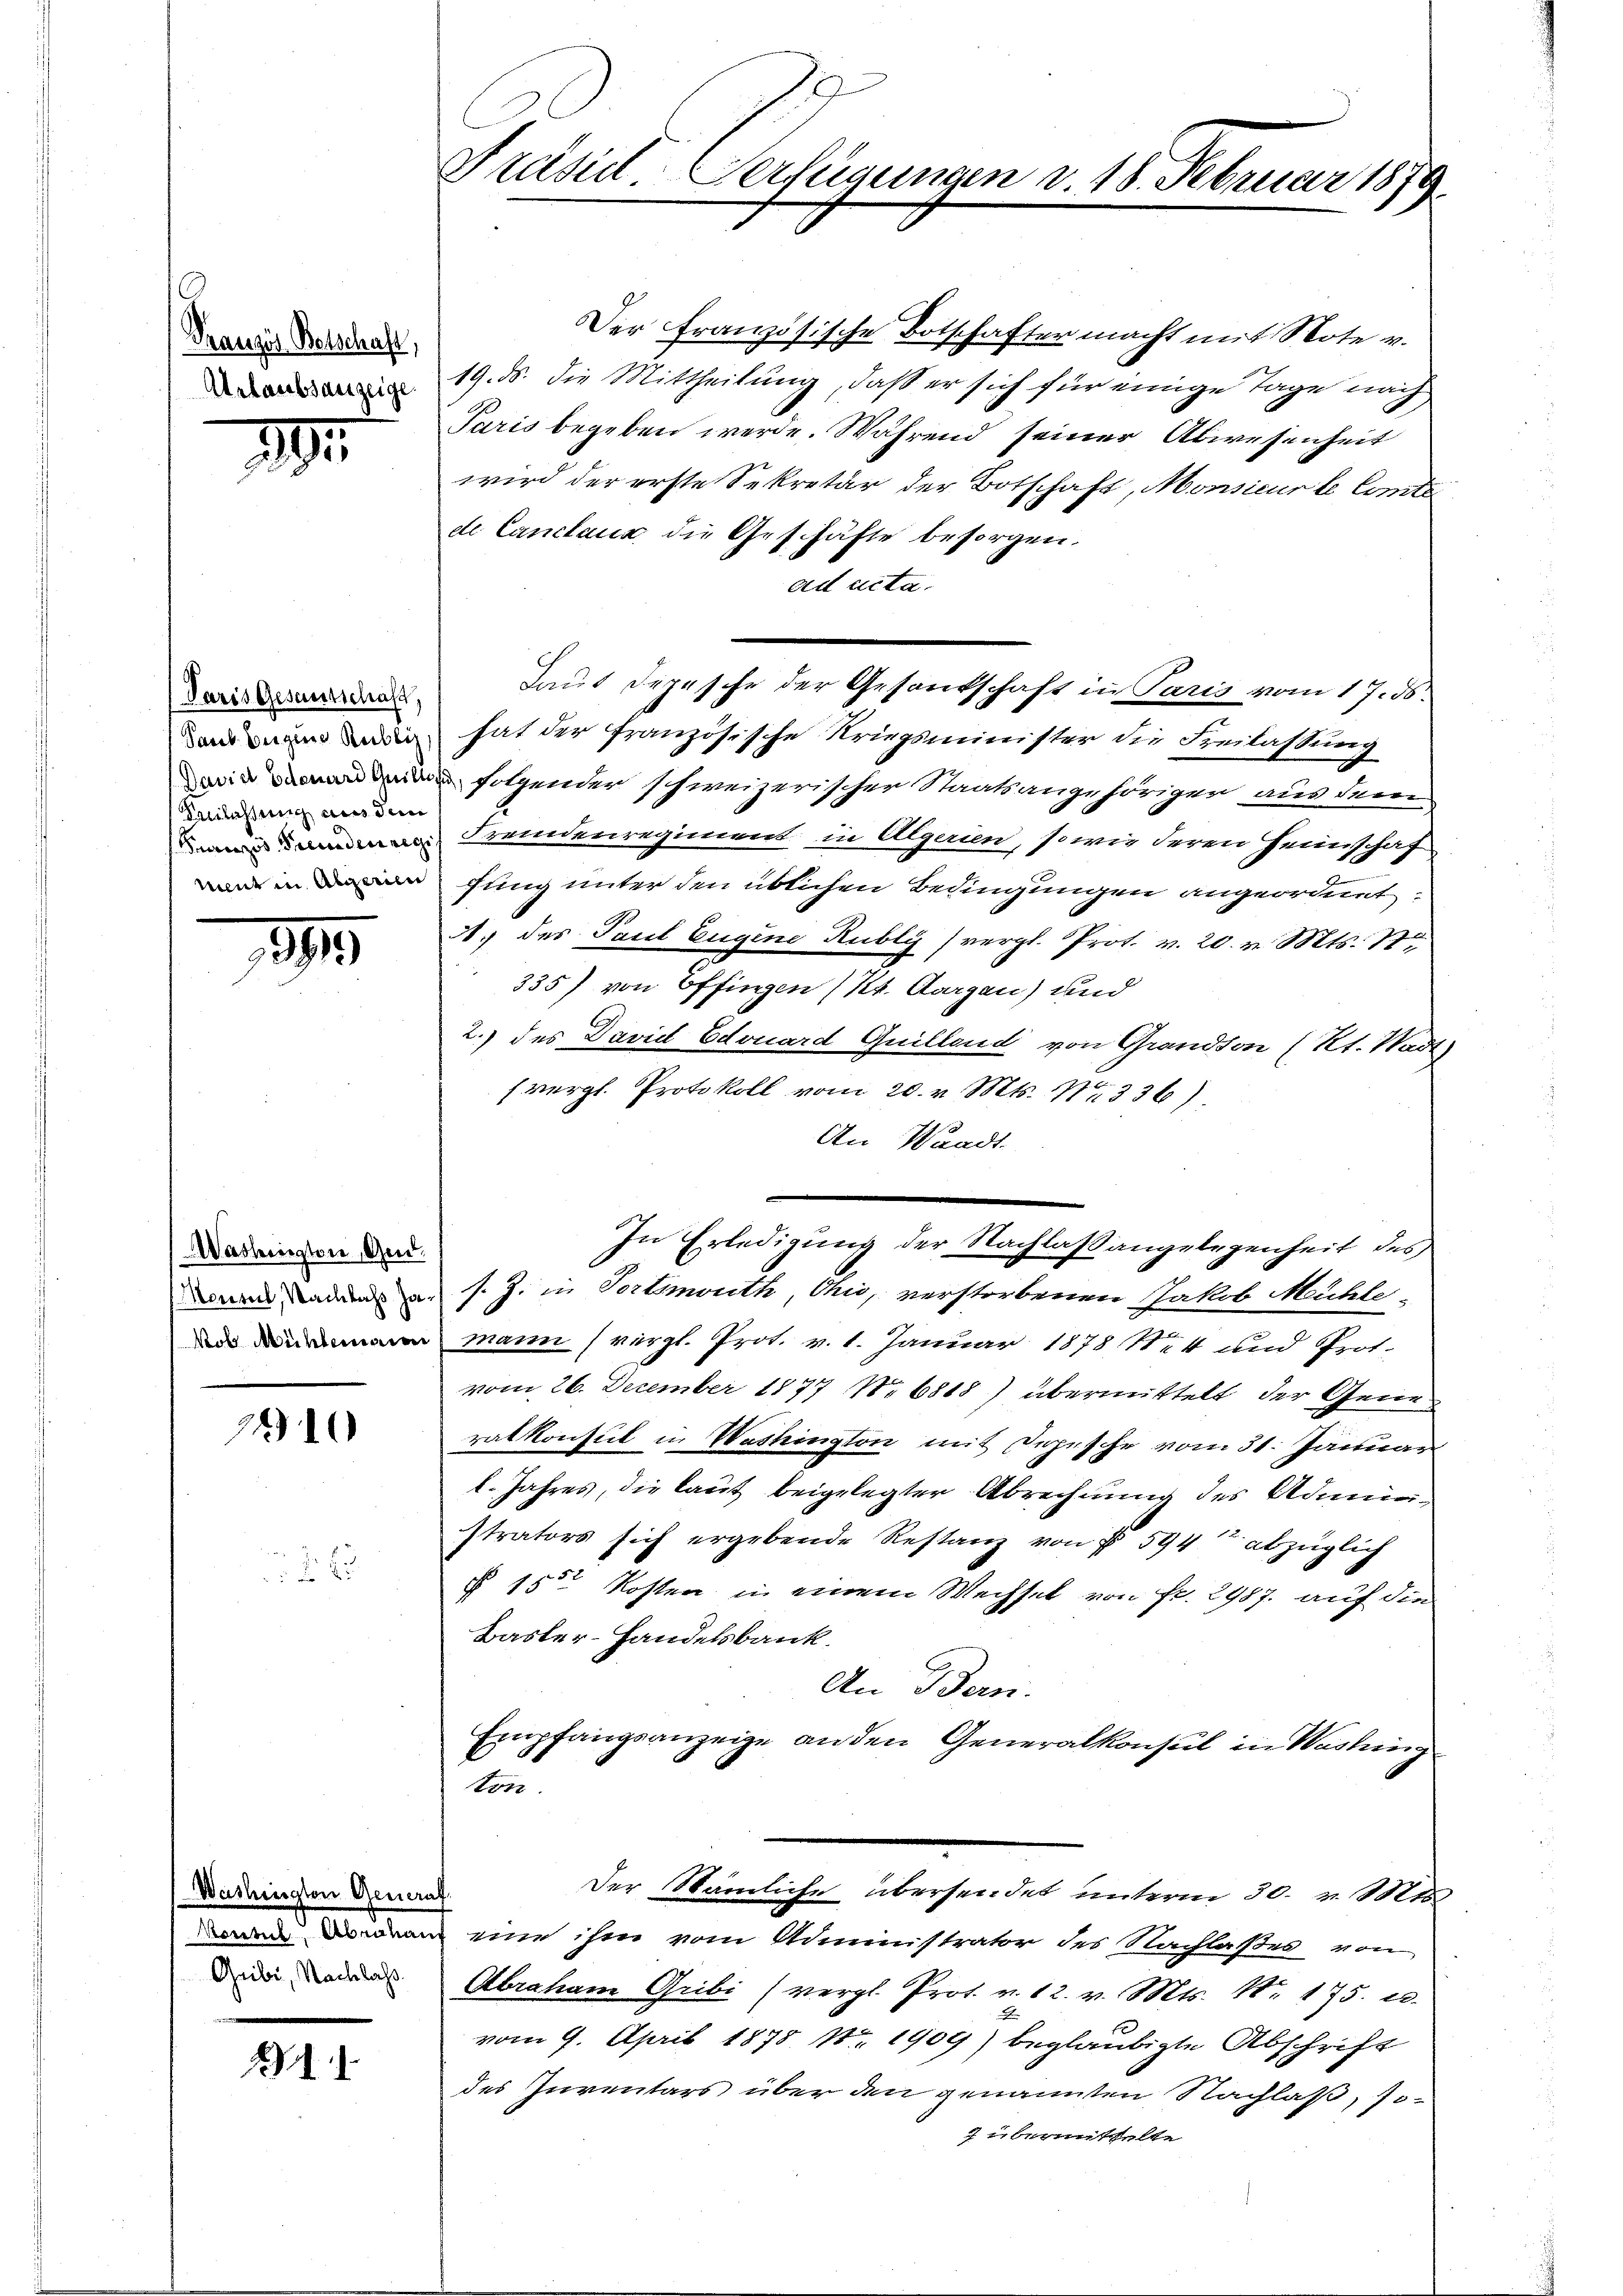
Franzis Botschaft,
Arlaubsauzeige

1

Paris Gesamtschaft,
Park beigene Reibliz
David Edouard Guilligu
Beilassung aus dem
Tanzös. Fremdenregi
ment in Abgerien

891

Washington, Geid.
Monseil, Nachlass Ja¬
Nob Mühlemation

7310

2

Washington Generaf
Renteil d. Abnahmen,
Gribi, Nachlass.

141

Präsidl Verfügungen v. 18. Februar 1879.

Der Französische Botschafter macht mit Note v.
19. ds. die Mittheilung, daß er sich für einige Tage nach
Paris begeben werde. Während seiner Abwesenheit
wird der erste Sekretär der Botschaft, Monsieur le Comte
de Canclaus die Geschäfte besorgen.
ad acta.
hat der französische Kriegsminister die Freilassung
folgender schweizerischer Staatsangehörigen aus dem
Fremdenregiment in Algerien, sowie deren Heimschaf
fung unter den üblichen Bedingungen angeordnet:
A. des Paul Eugene Rubly (vergl. Prot. v. 20. v. Mts. 77
335) von Effingen (Kt. Aargau) und
2.) des David Edouard Guillend von Grandson (Rt. Wadt)
(vergl. Protokoll vom 20. v. Mts. No 336)
An Waadt
In Erledigung der Nachlaßangelegenheit des
s. Z. in Fortsmouth Ohio, verstorbenen Jakob Mühle
mann (vergl. Prot. v. 1. Januar 1878 124 und Prof.
vom 26. Dezember 1877 No 6818) übermittelt der Generatkonsul in Washington mit Depesche vom 31. Januar
l. Jahres, die laut beigelegter Abrechnung des Administrators sich ergebende Restanz von § 594 abzüglich
§ 15 Kosten in einem Wechsel von Fr. 2987. auf die
Basler-Handelsbank.
An Bern.
Empfangsanzeige anden Generalkonsul in Washing
ton.
Der Nämliche übersendet unterm 30. v. Mts.
eine ihm vom Administrator des Nachlaßes von
Abraham Gribi (vergl. Prot. v. 12. v. Mts. N. 175. e
x
vom 9. April 1875 No 1909) beglaubigte Abschrift
des Inventars über den genannten Nachlas, so¬
7 übermittelte

Laut Depesche der Gesandschaft in Paris vom 17. ds.